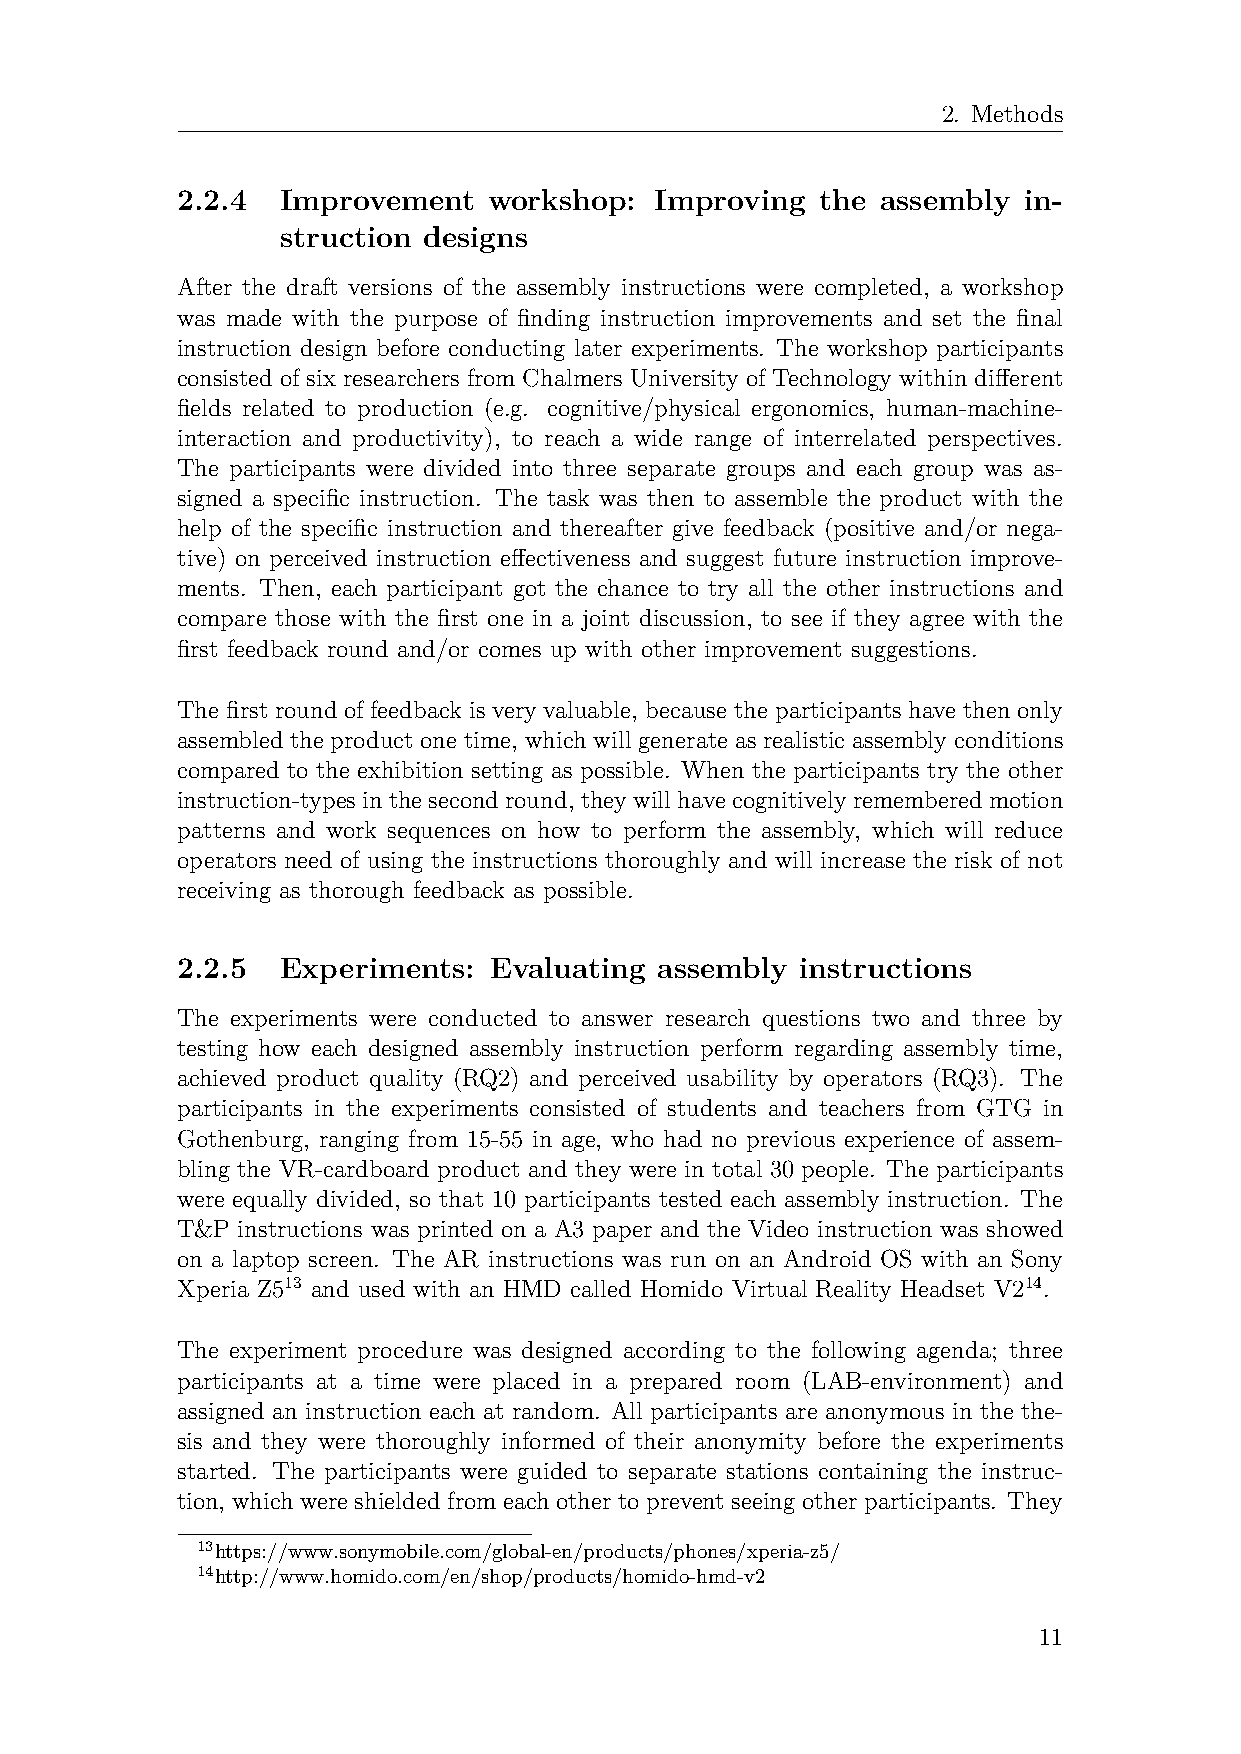
2. Methods
 2.2.4  Improvement  workshop:  Improving  the assembly  in-
 struction designs
 After the draft versions of the assembly instructions were completed, a workshop
 was made with the purpose of finding instruction improvements and set the final
 instruction design before conducting later experiments. The workshop participants
 consisted of six researchers from Chalmers University of Technology within different
 fields related to production (e.g. cognitive/physical ergonomics, human-machine-
 interaction and productivity), to reach a wide range of interrelated perspectives.
 The participants were divided into three separate groups and each group was as-
 signed a specific instruction. The task was then to assemble the product with the
 help of the specific instruction and thereafter give feedback (positive and/or nega-
 tive) on perceived instruction effectiveness and suggest future instruction improve-
 ments. Then, each participant got the chance to try all the other instructions and
 compare those with the first one in a joint discussion, to see if they agree with the
 first feedback round and/or comes up with other improvement suggestions.
 The first round of feedback is very valuable, because the participants have then only
 assembled the product one time, which will generate as realistic assembly conditions
 compared to the exhibition setting as possible. When the participants try the other
 instruction-typesinthesecondround, theywillhavecognitivelyrememberedmotion
 patterns and work sequences on how to perform the assembly, which will reduce
 operators need of using the instructions thoroughly and will increase the risk of not
 receiving as thorough feedback as possible.
 2.2.5  Experiments: Evaluating  assembly instructions
 The experiments were conducted to answer research questions two and three by
 testing how each designed assembly instruction perform regarding assembly time,
 achieved product quality (RQ2) and perceived usability by operators (RQ3). The
 participants in the experiments consisted of students and teachers from GTG in
 Gothenburg, ranging from 15-55 in age, who had no previous experience of assem-
 bling the VR-cardboard product and they were in total 30 people. The participants
 were equally divided, so that 10 participants tested each assembly instruction. The
 T&P instructions was printed on a A3 paper and the Video instruction was showed
 on a laptop screen. The AR instructions was run on an Android OS with an Sony
 Xperia Z513 and used with an HMD called Homido Virtual Reality Headset V214.
 The experiment procedure was designed according to the following agenda; three
 participants at a time were placed in a prepared room (LAB-environment) and
 assigned an instruction each at random. All participants are anonymous in the the-
 sis and they were thoroughly informed of their anonymity before the experiments
 started. The participants were guided to separate stations containing the instruc-
 tion, which were shielded from each other to prevent seeing other participants. They
 13https://www.sonymobile.com/global-en/products/phones/xperia-z5/
 14http://www.homido.com/en/shop/products/homido-hmd-v2
 11